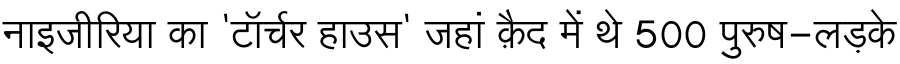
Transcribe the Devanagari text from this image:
नाइजीरिया का 'टॉर्चर हाउस' जहां क़ैद में थे 500 पुरुष-लड़के